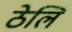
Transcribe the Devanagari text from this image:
ठेलि